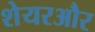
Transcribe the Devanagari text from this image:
शेयरऔर